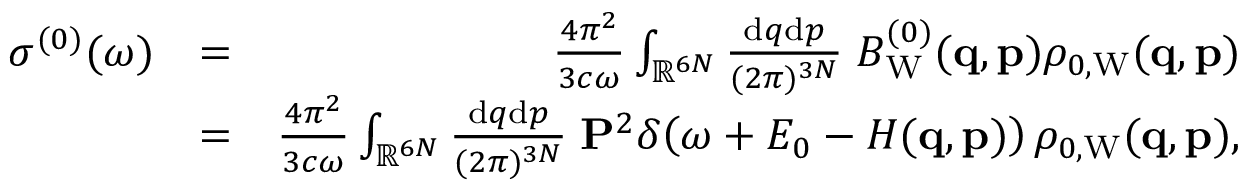
\begin{array} { r l r } { \sigma ^ { ( 0 ) } ( \omega ) } & { = } & { \frac { 4 \pi ^ { 2 } } { 3 c \omega } \int _ { \mathbb { R } ^ { 6 N } } \frac { \ensuremath { \mathrm { d } } \b { q } \ensuremath { \mathrm { d } } \b { p } } { ( 2 \pi ) ^ { 3 N } } \; B _ { \mathrm { W } } ^ { ( 0 ) } ( \ensuremath { \mathbf { q } } , \ensuremath { \mathbf { p } } ) \rho _ { 0 , \mathrm { W } } ( \ensuremath { \mathbf { q } } , \ensuremath { \mathbf { p } } ) } \\ & { = } & { \frac { 4 \pi ^ { 2 } } { 3 c \omega } \int _ { \mathbb { R } ^ { 6 N } } \frac { \ensuremath { \mathrm { d } } \b { q } \ensuremath { \mathrm { d } } \b { p } } { ( 2 \pi ) ^ { 3 N } } \; \ensuremath { \mathbf { P } } ^ { 2 } \delta \! \left( \omega + E _ { 0 } - H ( \ensuremath { \mathbf { q } } , \ensuremath { \mathbf { p } } ) \right) \rho _ { 0 , \mathrm { W } } ( \ensuremath { \mathbf { q } } , \ensuremath { \mathbf { p } } ) , } \end{array}